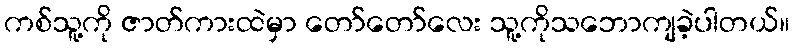
ကစ်သူ့ကို ဇာတ်ကားထဲမှာ တော်တော်လေး သူ့ကိုသဘောကျခဲ့ပါတယ်။